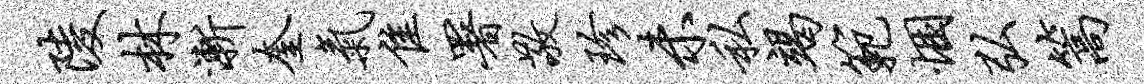
陵林渐奎气隹署敬珍未私竭范悃弘篙